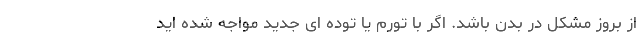
از بروز مشکل در بدن باشد. اگر با تورم یا توده ای جدید مواجه شده اید